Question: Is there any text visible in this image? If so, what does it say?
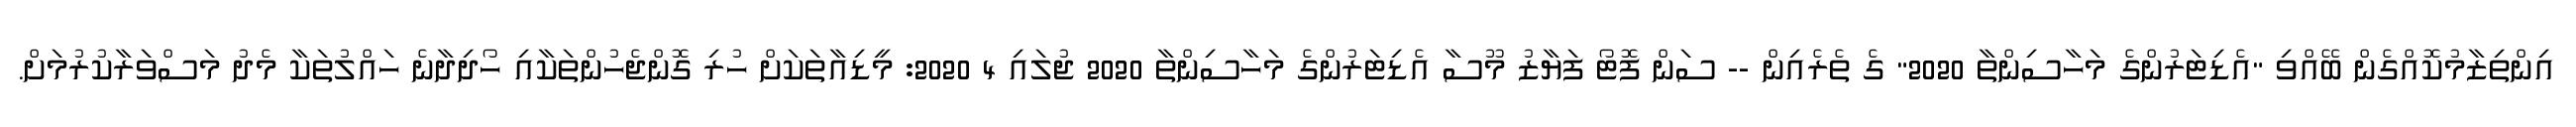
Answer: އިންތިޒާމުކޮއްގެން ބޭއްވި "އެޑިޓަރުންގެ މަހާސިންތާ 2020" ގެ ތެރެއިން -- ސަން ފޮޓޯ ފަޔާޒު މޫސާ އެޑިޓަރުންގެ މަހާސިންތާ 2020 ޖުލައި 4 2020: މީޑިއާތަކަށް ހުރި ގޮންޖެހުންތަކާއި ހޯދިދާނެ ހައްލުތަކާ މެދު މަސްވަރާކުރުމަށް.